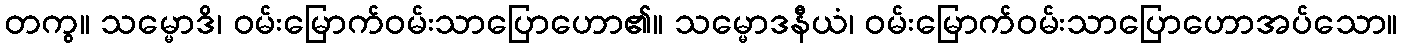
တကွ။ သမ္မောဒိ၊ ဝမ်းမြောက်ဝမ်းသာပြောဟော၏။ သမ္မောဒနီယံ၊ ဝမ်းမြောက်ဝမ်းသာပြောဟောအပ်သော။